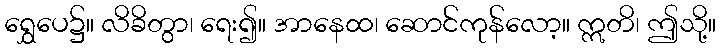
ရွှေပေ၌။ လိခိတွာ၊ ရေး၍။ အာနေထ၊ ဆောင်ကုန်လော့။ ဣတိ၊ ဤသို့။